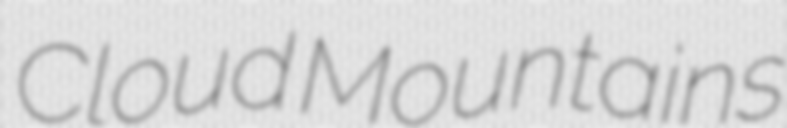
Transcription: Cloud Mountains